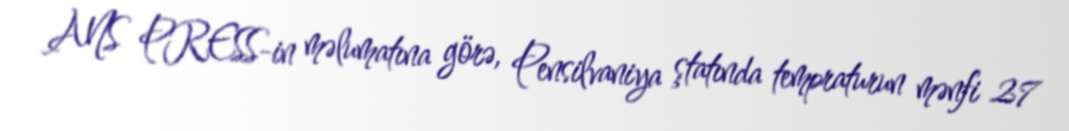
ANS PRESS-in məlumatına görə, Pensilvaniya ştatında tempraturun mənfi 27